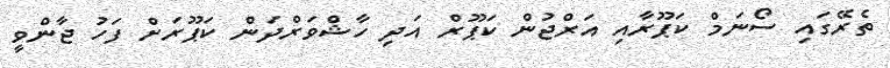
ތެރޭގައި ސޯނަމް ކަޕޫރާއި އަރްޖުން ކަޕޫރް އަދި ހާޝްވަރްދަން ކަޕޫރަށް ފަހު ޖާންވީ